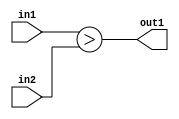
`timescale 1ps / 1ps
/*****************************************************************************
    Verilog RTL Description
    
    Generated at: 12:05:32 EST (-0500), Friday 20 November 2020
    Generated on: zhang-x1.ece.cornell.edu
    Generated by: jl3952 (Jie Liu)
    
    Created by: Stratus DpOpt 2017.1.02 
    Copyright (c) 2014-2015 Cadence Design Systems. All rights reserved worldwide.
    
    Cadence Design Systems proprietary and confidential
    ===================================================
    
    May contain information that incorporates Cadence Design Systems CellMath
    and other inventions claimed in Pending U.S. Patents.
    
    May contain Cadence Design Systems Trade Secrets of which use, disclosure or
    reproduction is contractually restricted or prohibited.  For more
    information, contact your legal department before any use, disclosure or
    reproduction.
*******************************************************************************/

module dut_LessThan_4Ux4U_1U_1 (
	in2,
	in1,
	out1
	); /* architecture "behavioural" */ 
input [3:0] in2,
	in1;
output  out1;
wire  asc001;

assign asc001 = (in1>in2);

assign out1 = asc001;
endmodule

/* CADENCE  urj2Sgo= : u9/ySgnYtBlWxVDRUQkU4ug= ** DO NOT EDIT THIS LINE ******/